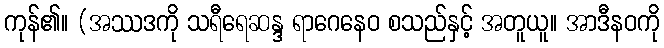
ကုန်၏။ (အဿဒကို သရီရေဆန္ဒ ရာဂေနေဝ စသည်နှင့် အတူယူ။ အာဒီနဝကို